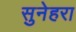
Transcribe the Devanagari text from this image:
सुनेहरा